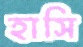
হাসি